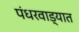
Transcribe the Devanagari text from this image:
पंधरवाड्यात